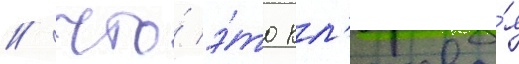
/ что́ э́то кл'ючева́я